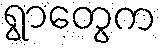
ရွာတွေက